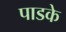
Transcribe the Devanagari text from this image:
पाडके